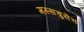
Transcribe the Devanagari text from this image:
मस्सचुसेत्त